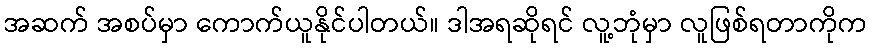
အဆက် အစပ်မှာ ကောက်ယူနိုင်ပါတယ်။ ဒါအရဆိုရင် လူ့ဘုံမှာ လူဖြစ်ရတာကိုက